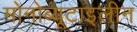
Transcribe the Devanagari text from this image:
मोनोब्यूटाइलीन